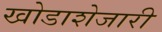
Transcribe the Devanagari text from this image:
खोडाशेजारी